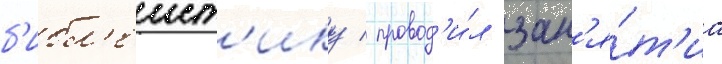
б'ибл'еист'ику / провод'и́л зан'я́т'иа